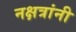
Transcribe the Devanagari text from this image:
नक्षत्रांनी